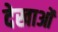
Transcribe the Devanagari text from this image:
देखाओं